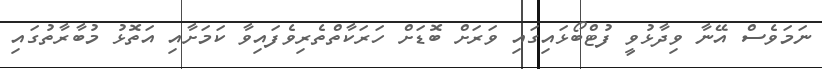
ނަމަވެސް އޭނާ ވިދާޅުވީ ފުޓްބޯޅައިގައި ވަރަށް ބޮޑަށް ހަރަކާތްތެރިވެފައިވާ ކަމަށާއި އަތޮޅު މުބާރާތުގައި